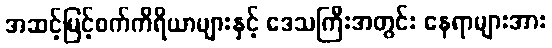
အဆင့်မြင့်စက်ကိရိယာများနှင့် ဒေသကြီးအတွင်း နေရာများအား